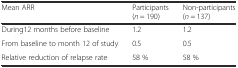
<table><thead><tr><td><b>Mean ARR</b></td><td><b>Participants (<i>n</i> = 190)</b></td><td><b>Non-participants (<i>n</i> = 137)</b></td></tr></thead><tbody><tr><td>During12 months before baseline</td><td>1.2</td><td>1.2</td></tr><tr><td>From baseline to month 12 of study</td><td>0.5</td><td>0.5</td></tr><tr><td>Relative reduction of relapse rate</td><td>58 %</td><td>58 %</td></tr></tbody></table>